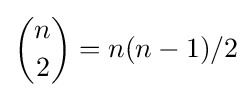
{n \choose 2}=n(n-1)/2